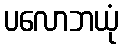
ပလောဘယုံ